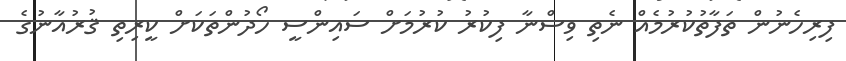
ފިރިހެނުން ތަފާތުކުރުމެއް ނެތި ވިސްނާ ފިކުރު ކުރުމަށް ސައިންސީ ހޯދުންތަކަށް ކީރިތި ޤުރުއާނުގެ